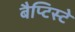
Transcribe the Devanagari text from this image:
बैप्टिस्टे